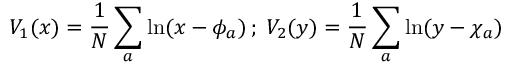
V _ { 1 } ( x ) = \frac { 1 } { N } \sum _ { a } \ln ( x - \phi _ { a } ) \, ; \; V _ { 2 } ( y ) = \frac { 1 } { N } \sum _ { a } \ln ( y - \chi _ { a } )